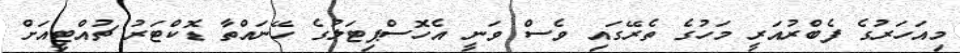
މިއަހަރުގެ ފެބްރުއަރީ މަހުގެ ތެރޭގައި ވެސް ވަނީ އެހޮސްޕިޓަލުގެ ހޭނައްތާ ޑޮކްޓަރު ޗުއްޓީއަށް